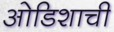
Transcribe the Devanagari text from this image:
ओडिशाची